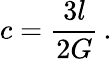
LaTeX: c=\frac{3l}{2G}\, .